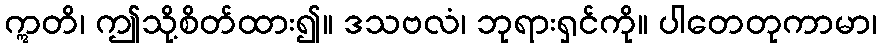
ဣတိ၊ ဤသို့စိတ်ထား၍။ ဒသဗလံ၊ ဘုရားရှင်ကို။ ပါတေတုကာမာ၊